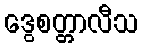
ဒွေစတ္တာလီသ